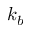
k _ { b }